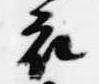
衣